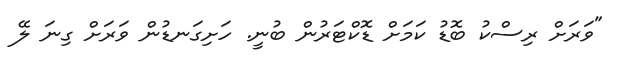
"ވަރަށް ރިސްކު ބޮޑު ކަމަށް ޑޮކްޓަރުން ބުނީ. ހަށިގަނޑުން ވަރަށް ގިނަ ލޭ